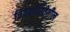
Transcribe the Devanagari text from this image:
चित्रकारितेतील